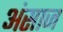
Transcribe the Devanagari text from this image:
अंसाज